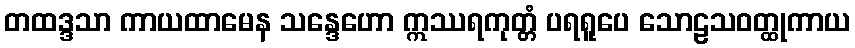
တထဒ္ဒသာ ကာယထာမေန သန္ဒေဟော ဣဿရကုတ္တံ ပရရူပေ သောဠသဝတ္ထုကာယ